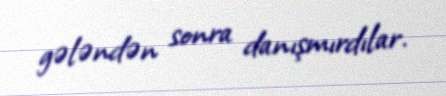
gələndən sonra danışmırdılar.